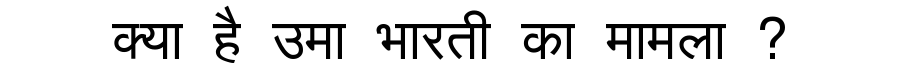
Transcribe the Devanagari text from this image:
क्या है उमा भारती का मामला ?